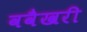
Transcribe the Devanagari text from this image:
ववैखरी